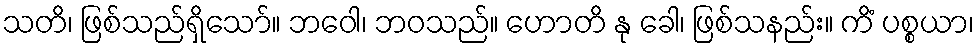
သတိ၊ ဖြစ်သည်ရှိသော်။ ဘဝေါ၊ ဘဝသည်။ ဟောတိ နု ခေါ၊ ဖြစ်သနည်း။ ကိံ ပစ္စယာ၊